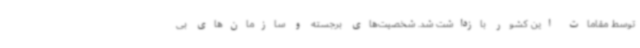
توسط مقامات این کشور بازداشت شد. شخصیت‌های برجسته و سازمان‌های بی